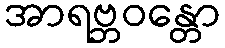
အာရဗ္ဘဝန္တော